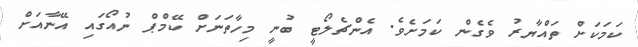
ކަމަކަށް ތައްޔާރު ވެގެން ކަމަށެވެ. އެންޗެލޯޓީ ބުނީ މިހާތަނަށް ކޭމްޕް ނުއޯގައި އޭނާއަށް